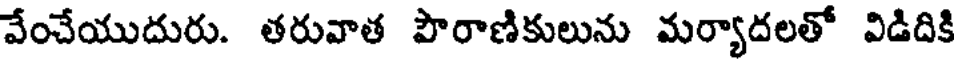
వేంచేయుదురు. తరువాత పౌరాణికులును మర్యాదలతో విడిదికి